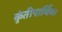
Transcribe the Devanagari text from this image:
कुंतीपार्थिवा